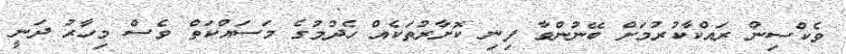
ވެކްސިން ރައްކާކުރުމަށް ބޭނުންވާ ފިނި ކޮށާރުތަކެއް ހެދުމުގެ މަސައްކަތް ވެސް މިހާރު ދަނީ